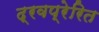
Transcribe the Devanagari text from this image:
द्रवप्रेरित